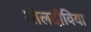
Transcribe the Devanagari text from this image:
मोलदीविया